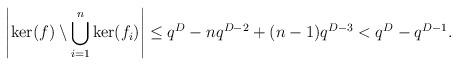
LaTeX: \begin{align*}\left| \ker (f) \setminus \bigcup_{i=1}^{n} \ker (f_i) \right| \leq q^{D} - nq^{D-2}+(n-1)q^{D-3} < q^{D} - q^{D-1}.\end{align*}